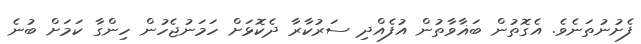
ފެށުނުތަނެވެ. އެގޮތުން ބަޣާވާތުން އުފެއްދި ސަރުކާރާ ދެކޮޅަށް ހަމަނުޖެހުން ހިންގާ ކަމަށް ބުނެ